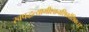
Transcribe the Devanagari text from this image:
स्वपद्धत्यामीशानशिवदेशिकः।।